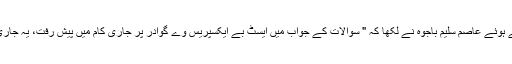
سوشل میڈیا پر تصاویر شیئرکرتے ہوئے عاصم سلیم باجوہ نے لکھا کہ " سوالات کے جواب میں ایسٹ بے ایکسپریس وے گوادر پر جاری کام میں پیش رفت، یہ جاری کام کی تازہ ترین تصاویر ہیں "۔